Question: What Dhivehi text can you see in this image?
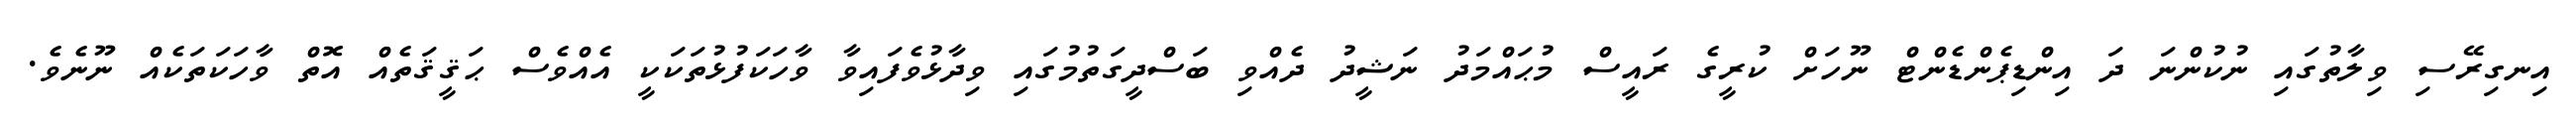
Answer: އިނގިރޭސި ވިލާތުގައި ނުކުންނަ ދަ އިންޑިޕެންޑެންޓް ނޫހަށް ކުރީގެ ރައީސް މުޙައްމަދު ނަޝީދު ދެއްވި ބަސްދީގަތުމުގައި ވިދާޅުވެފައިވާ ވާހަކަފުޅުތަކަކީ އެއްވެސް ޙަޤީޤަތެއް އޮތް ވާހަކަތަކެއް ނޫނެވެ.